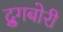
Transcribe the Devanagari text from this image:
द्रुगबोरी